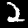
Label: 2